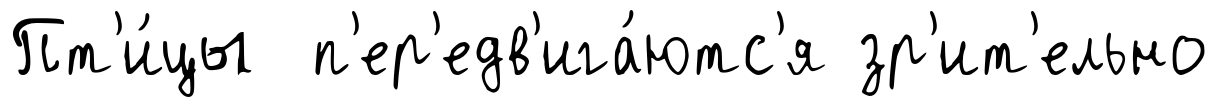
Пт'и́цы п'ер'едв'ига́ютс'я зр'ит'ельно